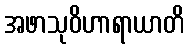
အဖာသုဝိဟာရာယာတိ